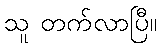
သူ တက်လာပြီ။